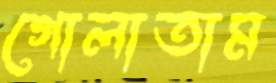
গোলাতাম